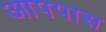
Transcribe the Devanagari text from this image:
आपपास